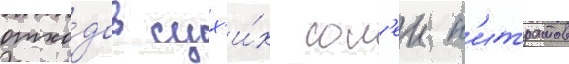
отхо́дов сух'и́х сол'еи н'итратов